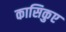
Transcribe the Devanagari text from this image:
कासिकुए